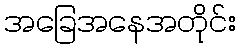
အခြေအနေအတိုင်း